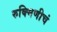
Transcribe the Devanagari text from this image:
रुक्मिणीचं